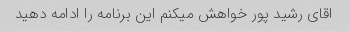
اقای رشید پور خواهش میکنم این برنامه را ادامه دهید